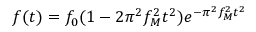
f ( t ) = f _ { 0 } ( 1 - 2 \pi ^ { 2 } f _ { M } ^ { 2 } t ^ { 2 } ) e ^ { - \pi ^ { 2 } f _ { M } ^ { 2 } t ^ { 2 } }